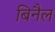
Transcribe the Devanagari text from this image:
बिनैल